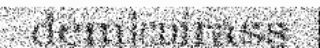
demicuirass